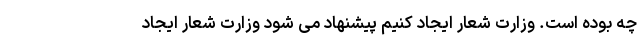
چه بوده است. وزارت شعار ایجاد کنیم پیشنهاد می شود وزارت شعار ایجاد